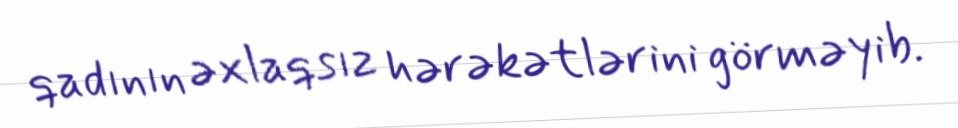
qadının əxlaqsız hərəkətlərini görməyib.